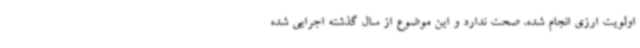
اولویت ارزی انجام شده، صحت ندارد و این موضوع از سال گذشته اجرایی شده